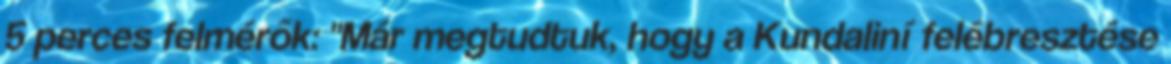
5 perces felmérők: "Már megtudtuk, hogy a Kundaliní felébresztése